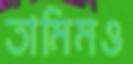
তামিমও